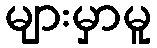
များမှာမူ